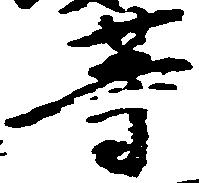
等